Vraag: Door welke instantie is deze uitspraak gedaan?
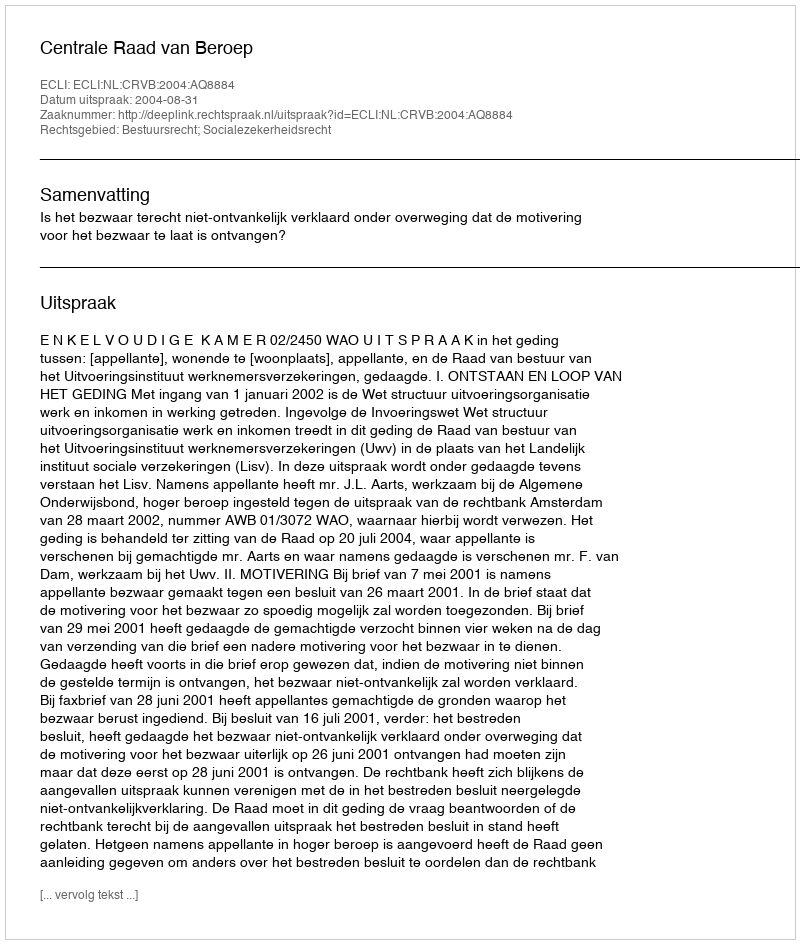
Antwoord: Centrale Raad van Beroep